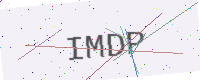
Text: IMDP